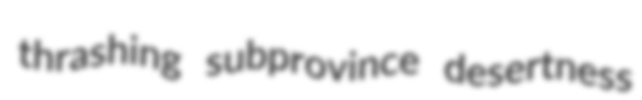
thrashing subprovince desertness